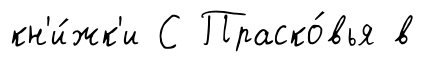
кн'и́жк'и С Праско́вья в